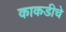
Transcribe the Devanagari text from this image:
काकडीचे